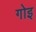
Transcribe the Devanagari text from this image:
गोइ